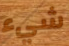
شيء